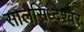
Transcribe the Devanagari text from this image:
सालसिध्‍देश्‍वर